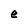
Character: e